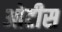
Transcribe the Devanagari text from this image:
ओटीस